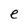
Character: e